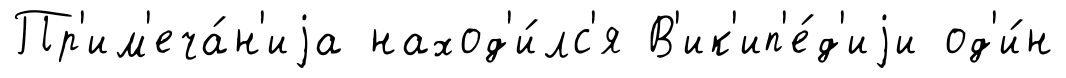
Пр'им'еча́н'иjа наход'и́лс'я В'ик'ип'е́д'иjи од'и́н